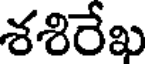
శశిరేఖ